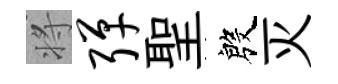
将弹聖殷灭